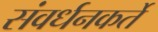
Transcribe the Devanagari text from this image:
संवर्धनकर्ते